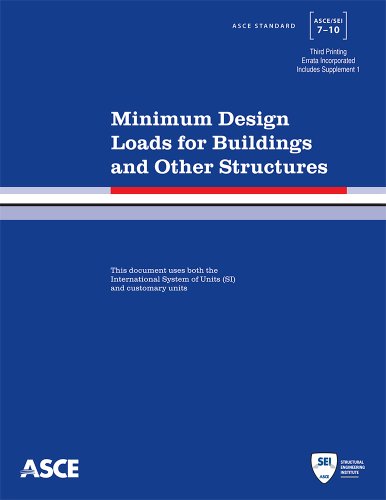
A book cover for Minimum Design Loads for Buildings and Other Structures, 3rd Printing (Standard ASCE/SEI 7-10); American Society of Civil Engineers; Engineering & Transportation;